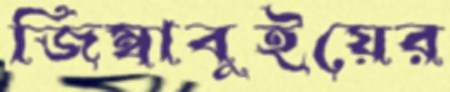
জিম্বাবুইয়ের